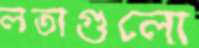
লতাগুলো